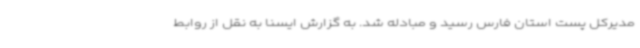
مدیرکل پست استان فارس رسید و مبادله شد. به گزارش ایسنا به نقل از روابط